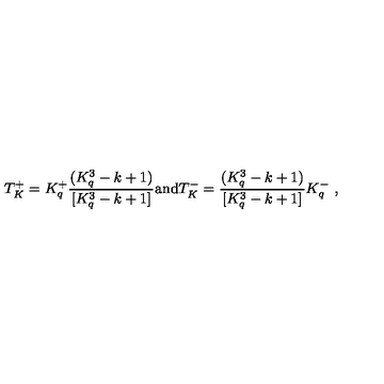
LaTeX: T _ { K } ^ { + } = K _ { q } ^ { + } \frac { ( K _ { q } ^ { 3 } - k + 1 ) } { [ K _ { q } ^ { 3 } - k + 1 ] } \mathrm { a n d } T _ { K } ^ { - } = \frac { ( K _ { q } ^ { 3 } - k + 1 ) } { [ K _ { q } ^ { 3 } - k + 1 ] } K _ { q } ^ { - } \ ,